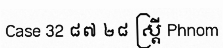
Case 32 ៨៧ ២៨ ស្ត្រី Phnom